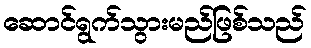
ဆောင်ရွက်သွားမည်ဖြစ်သည်